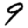
Digit: 9